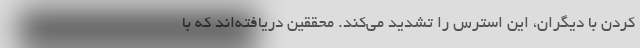
کردن با دیگران، این استرس را تشدید می‌کند. محققین دریافته‌اند که با